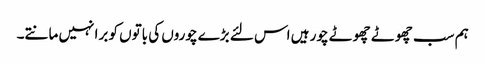
ہم سب چھوٹے چھوٹے چور ہیں اس لئے بڑے چوروں کی باتوں کو برا نہیں مانتے۔